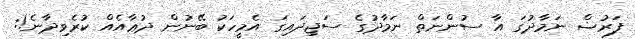
ފަރުޟް ނަމާދުގަ އާ ސުންނަތް ނަމާދުގެ ސަޖިދައިގަ އެމީހަކު ބޭނުން ދުޢާއެއް ކުރެވިދާނެ!: